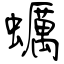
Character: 蠣